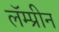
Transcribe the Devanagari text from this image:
लॅम्प्रीन